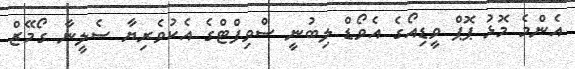
އެންމެ މޮޅު ޕޮޕް ވީޑިއޯގެ އެވޯޑް ލިބުނީ ސްވިފްޓްގެ އެކުވެރިޔާ ސެލީނާ ގޯމޭޒް